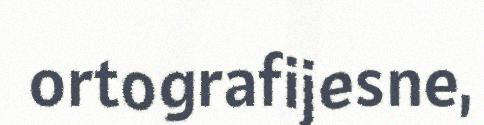
ortografijesne,